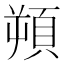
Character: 𩒕